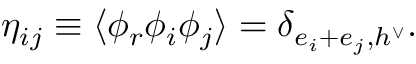
\eta _ { i j } \equiv \langle \phi _ { r } \phi _ { i } \phi _ { j } \rangle = \delta _ { e _ { i } + e _ { j } , h ^ { \vee } } .